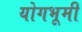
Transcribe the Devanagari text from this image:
योगभूमी